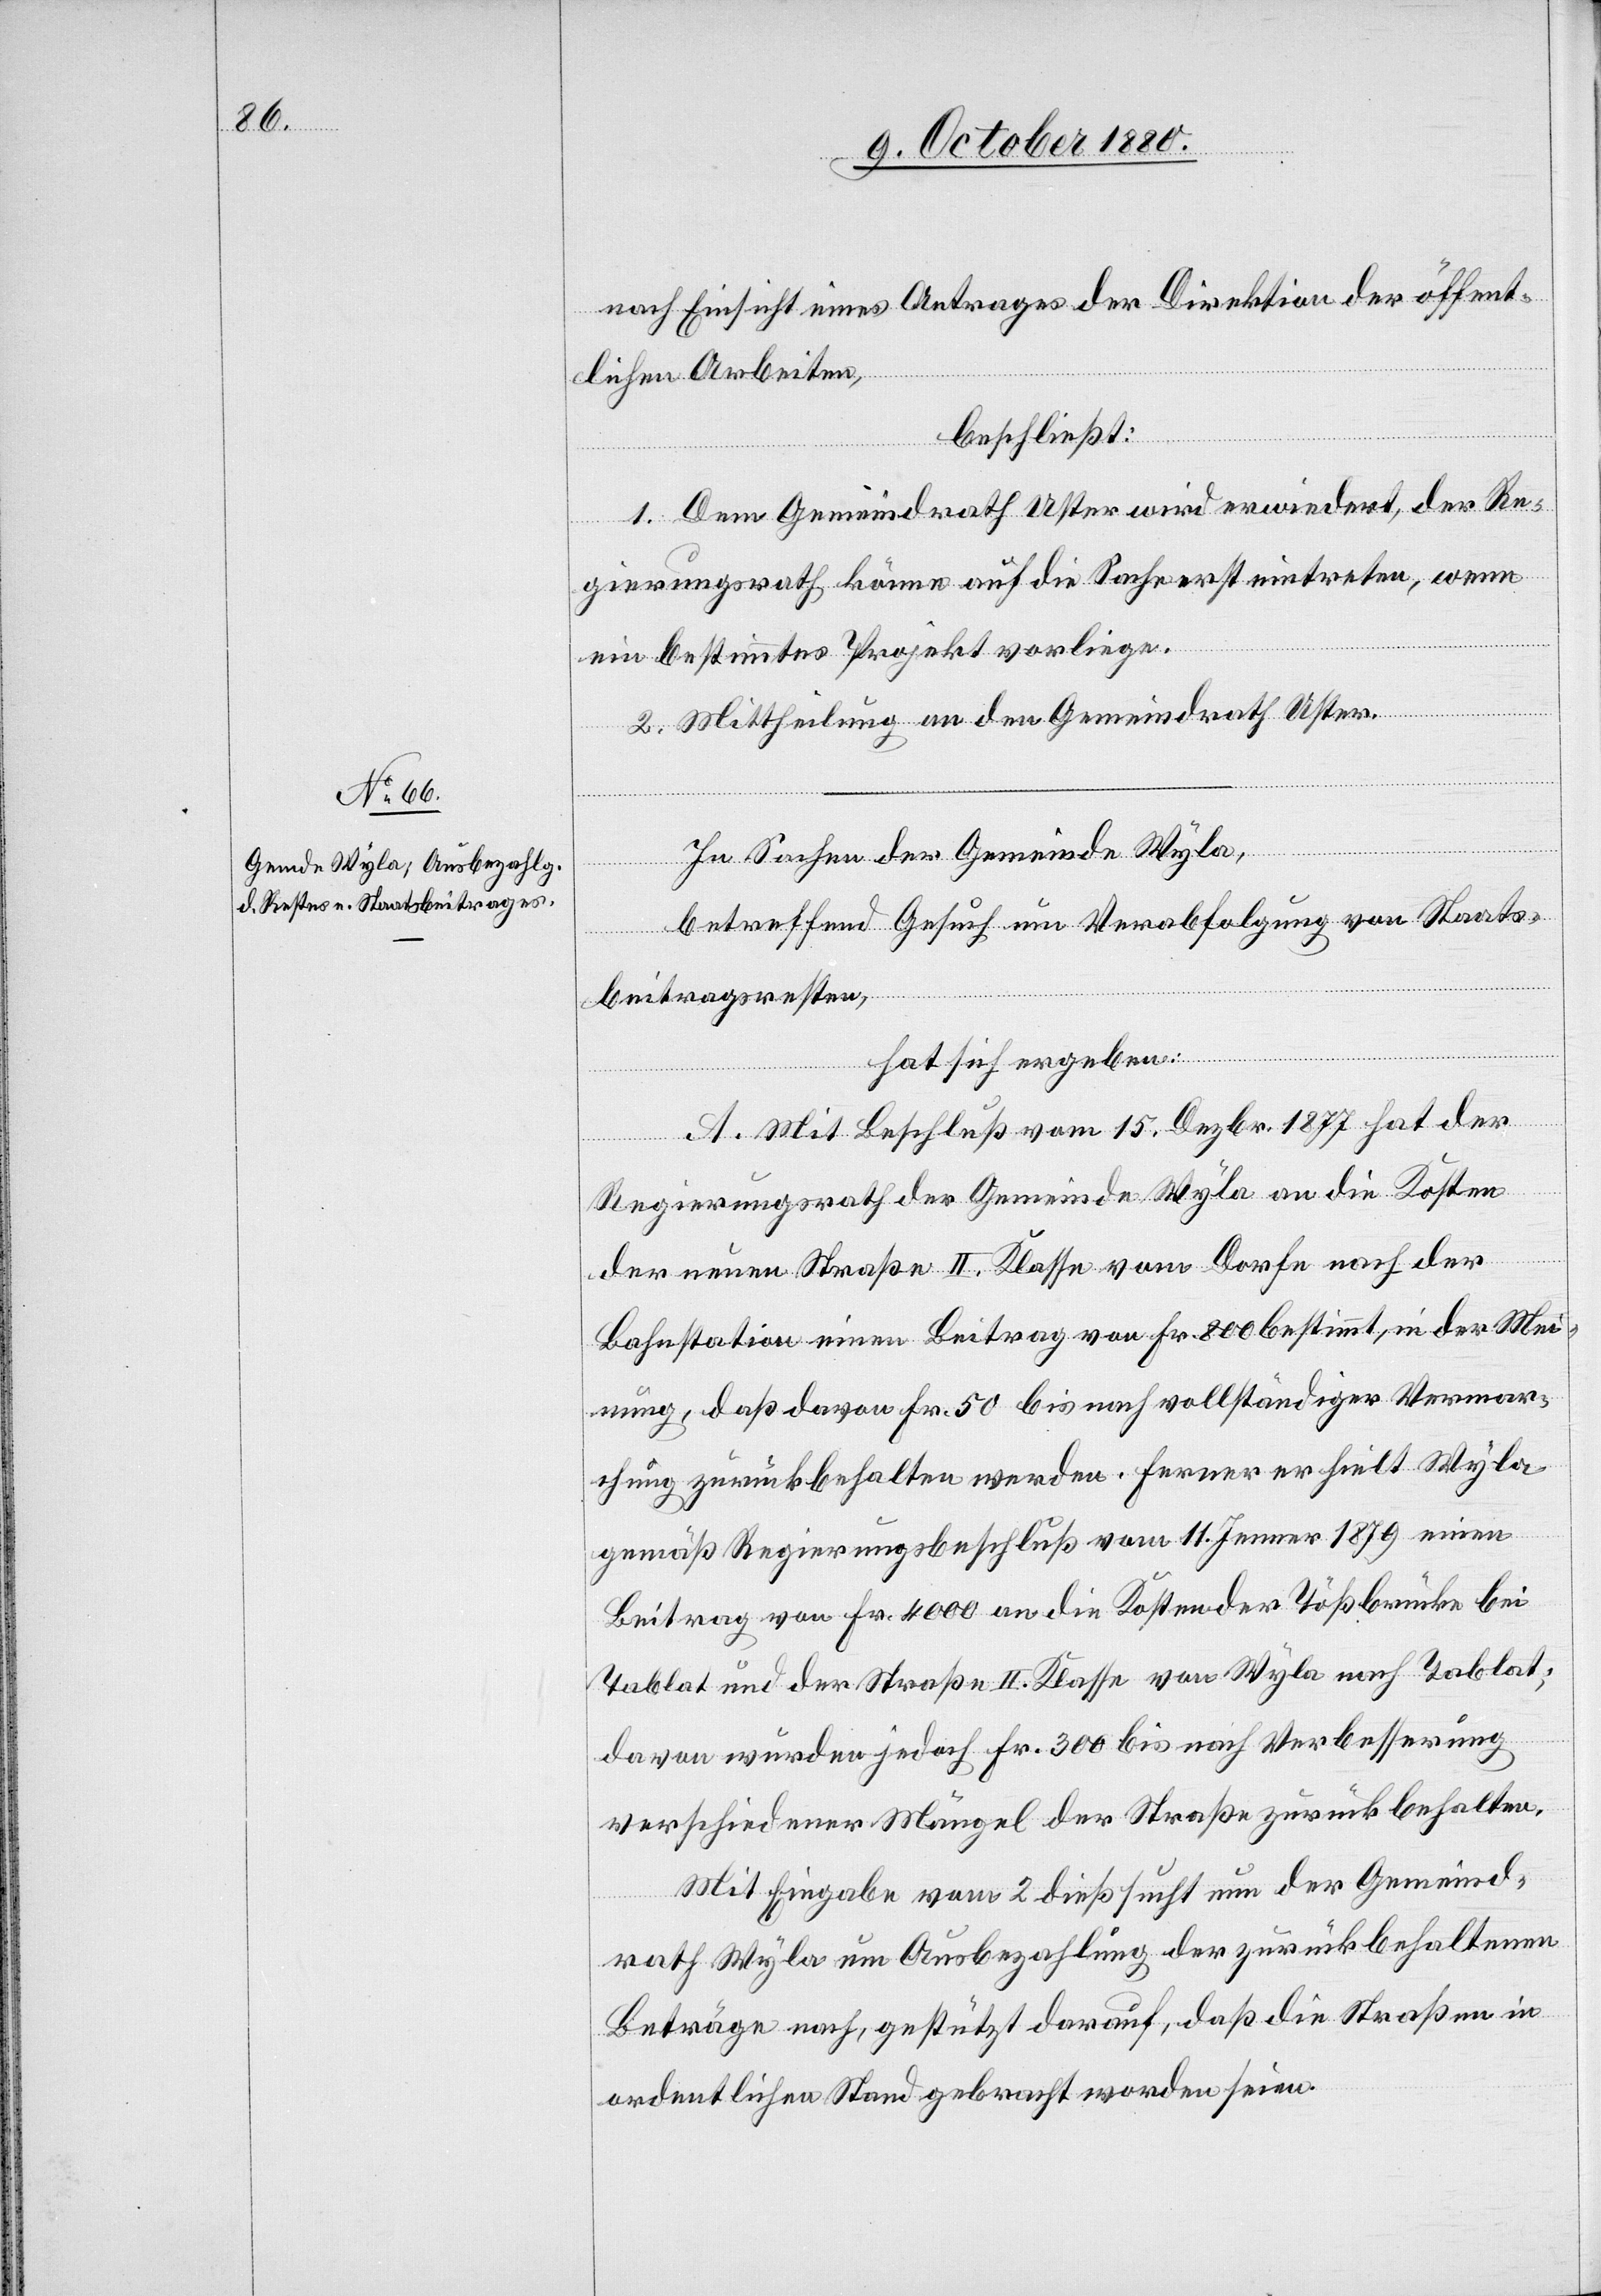
nach Einsicht eines Antrages der Direktion der öffent¬
lichen Arbeiten,
beschließt:
1. Dem Gemeindrath Uster wird erwidert, der Re¬
gierungsrath könne auf die Sache erst eintreten, wenn
ein bestimmtes Projekt vorliege.
2. Mittheilung an den Gemeindrath Uster.
In Sachen der Gemeinde Wyla,
betreffend Gesuch um Verabfolgung von Staats¬
beitragsresten,
hat sich ergeben:
A. Mit Beschluß vom 15. Dezbr. 1877 hat der
Regierungsrath der Gemeinde Wyla an die Kosten
der neuen Straße II. Klasse vom Dorfe nach der
Bahnstation einen Beitrag von Fr. 800 bestimmt, in der Mei¬
nung, daß davon Fr. 50 bis nach vollständiger Vermar¬
chung zurückbehalten werden. Ferner erhielt Wyla
gemäß Regierungsbeschluß vom 11. Jenner 1879 einen
Beitrag von Fr. 4000 an die Kosten der Tößbrücke bei
Tablat und der Straße II. Klasse von Wyla nach Tablat;
davon wurden jedoch Fr. 300 bis nach Verbesserung
verschiedener Mängel der Straße zurückbehalten.
Mit Eingabe vom 2. dieß sucht nun der Gemeind¬
rath Wyla um Ausbezahlung der zurückbehaltenen
Beträge nach, gestützt darauf, daß die Straßen in
ordentlichen Stand gebracht worden seien.